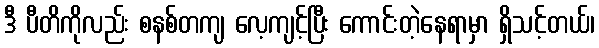
ဒီ ပီတိကိုလည်း စနစ်တကျ လေ့ကျင့်ပြီး ကောင်းတဲ့နေရာမှာ ရှိသင့်တယ်၊